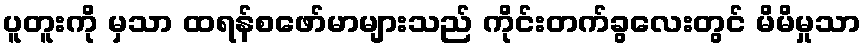
ပူတူးကို မှသာ ထရန်စဖော်မာများသည် ကိုင်းတက်ခွလေးတွင် မိမိမှုသာ